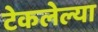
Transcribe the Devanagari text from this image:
टेकलेल्या